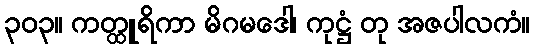
၃၀၃။ ကတ္ထူရိကာ မိဂမဒေါ၊ ကုဋ္ဌံ တု အဇပါလကံ။